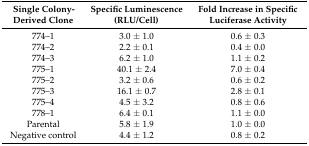
<table><thead><tr><td><b>Single Colony-Derived Clone</b></td><td><b>Specific Luminescence (RLU/Cell)</b></td><td><b>Fold Increase in Specific Luciferase Activity</b></td></tr></thead><tbody><tr><td>774–1</td><td>3.0 ± 1.0</td><td>0.6 ± 0.3</td></tr><tr><td>774–2</td><td>2.2 ± 0.1</td><td>0.4 ± 0.0</td></tr><tr><td>774–3</td><td>6.2 ± 1.0</td><td>1.1 ± 0.2</td></tr><tr><td>775–1</td><td>40.1 ± 2.4</td><td>7.0 ± 0.4</td></tr><tr><td>775–2</td><td>3.2 ± 0.6</td><td>0.6 ± 0.2</td></tr><tr><td>775–3</td><td>16.1 ± 0.7</td><td>2.8 ± 0.1</td></tr><tr><td>775–4</td><td>4.5 ± 3.2</td><td>0.8 ± 0.6</td></tr><tr><td>778–1</td><td>6.4 ± 0.1</td><td>1.1 ± 0.0</td></tr><tr><td>Parental</td><td>5.8 ± 1.9</td><td>1.0 ± 0.0</td></tr><tr><td>Negative control</td><td>4.4 ± 1.2</td><td>0.8 ± 0.2</td></tr></tbody></table>